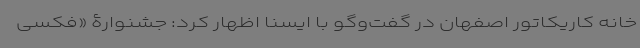
خانه کاریکاتور اصفهان در گفت‌وگو با ایسنا اظهار کرد: جشنوارۀ «فکسی